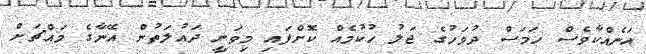
އަނެއްކާވެސް ހަމަސް ދުވަހުގެ ޖަލު ހުކުމެއް ކޮށްފައި މިވަނީ ދައުލަތުން އޭނާގެ މައްޗަށް